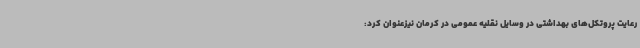
رعایت پروتکل‌های بهداشتی در وسایل نقلیه عمومی در کرمان نیزعنوان کرد: